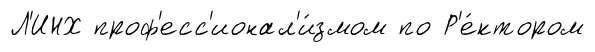
Л'ИНХ проф'есс'ионал'и́змом по Р'е́ктором